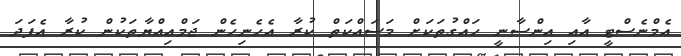
އެމްނެސްޓީ އާއި އިންސާނީ ހައްގުތަކަށް މަސައްކަތް ކުރާ އެހެނިހެން ޖަމްއިއްޔާތަކުން ކުރާ އެފަދަ